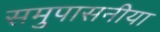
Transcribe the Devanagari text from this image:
समुपासनीया